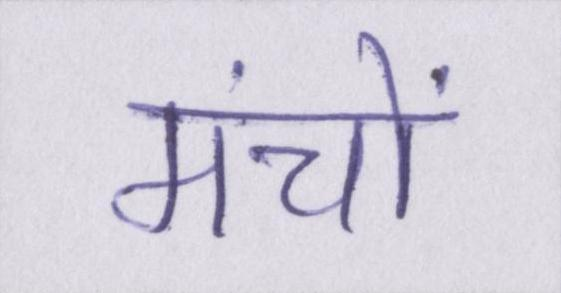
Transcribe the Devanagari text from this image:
मंचों